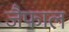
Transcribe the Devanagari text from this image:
जैफाल